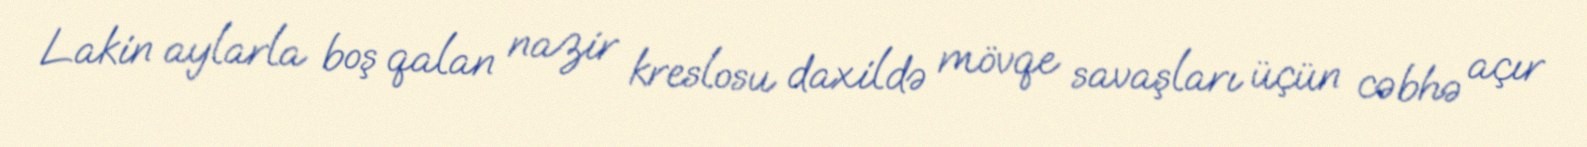
Lakin aylarla boş qalan nazir kreslosu daxildə mövqe savaşları üçün cəbhə açır